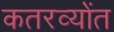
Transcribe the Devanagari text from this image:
कतरव्योंत